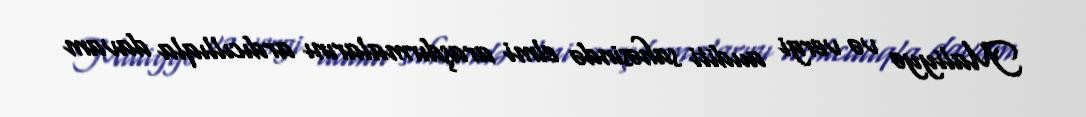
Maliyyə və vergi auditi sahəsində elmi araşdırmalarını ardıcıllıqla davam